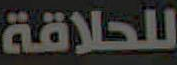
للحلاقة